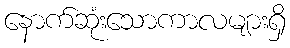
နောက်ဆုံးသောကာလများရှိ